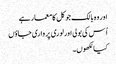
اور وہ بالک جو کل کا معمار ہے
اُس کی بولی اور لوری پر واری جاؤں
کیا لکھوں۔